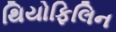
થિયોફિલિન